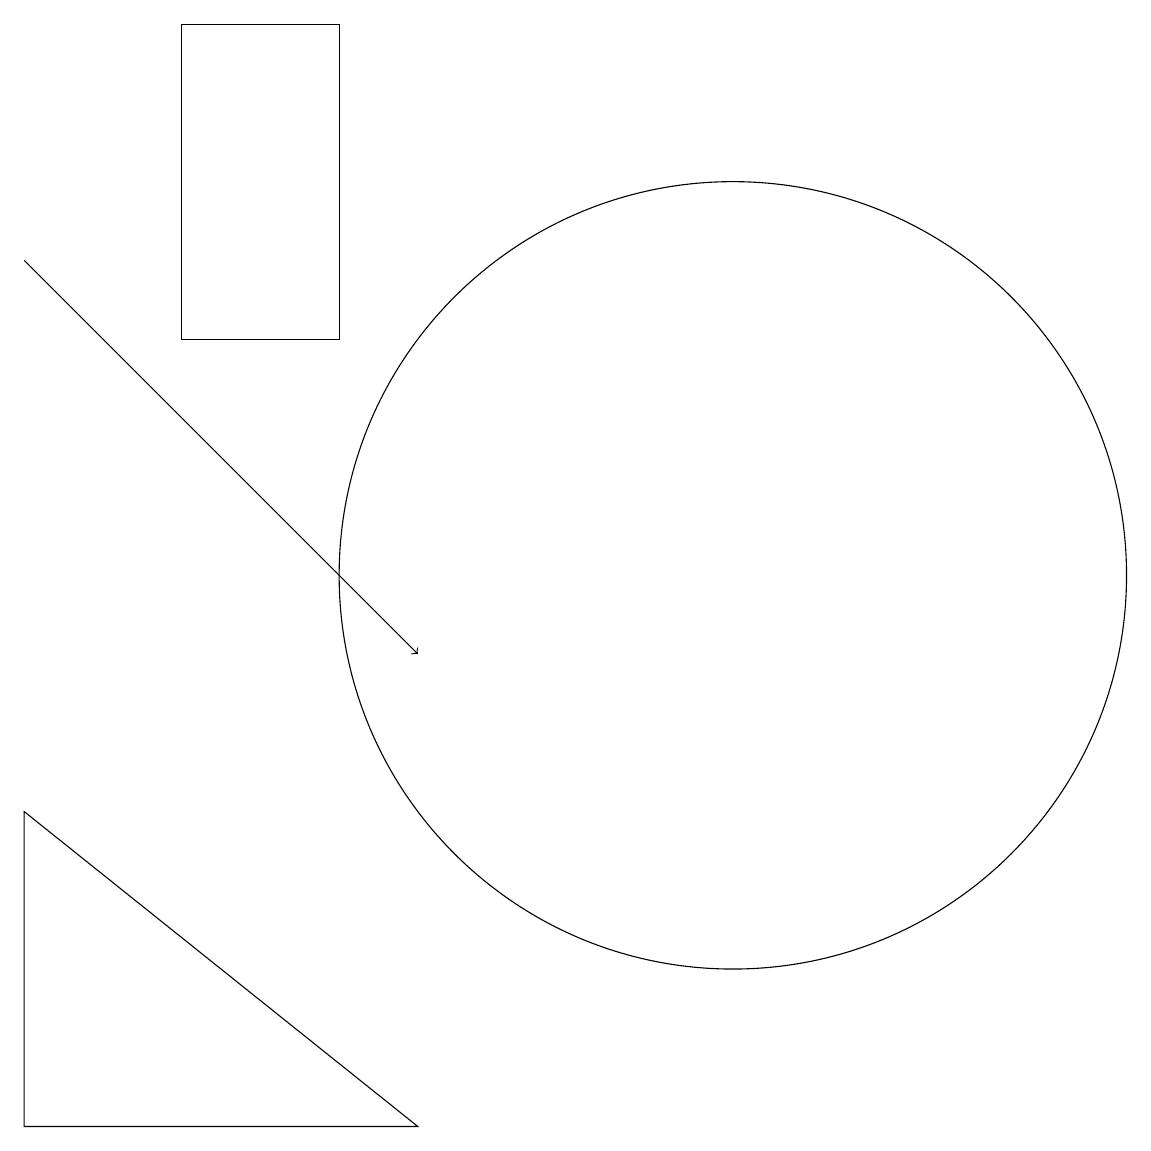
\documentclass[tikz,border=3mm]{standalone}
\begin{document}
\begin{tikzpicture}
\draw (11,11) circle (5);
\draw[->] (2,15) -- (7,10);
\draw (2,4) -- (2,8) -- (7,4) -- cycle;
\draw (12,11) circle (0);
\draw (6,14) rectangle (4,18);
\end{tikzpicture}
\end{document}